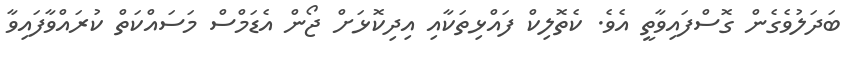
ބަދަލުވެގެން ގޮސްފައިވާތީ އެވެ. ކެތޮލިކް ފައްޅިތަކާއި އިދިކޮޅަށް ޖޯން އެޑަމްސް މަސައްކަތް ކުރައްވާފައިވާ